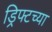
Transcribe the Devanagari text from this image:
ड्रिफ्टच्या